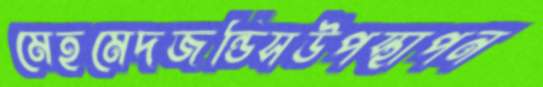
মেহমেদজন্ডিসউপস্থাপন